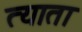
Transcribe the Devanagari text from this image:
त्याता